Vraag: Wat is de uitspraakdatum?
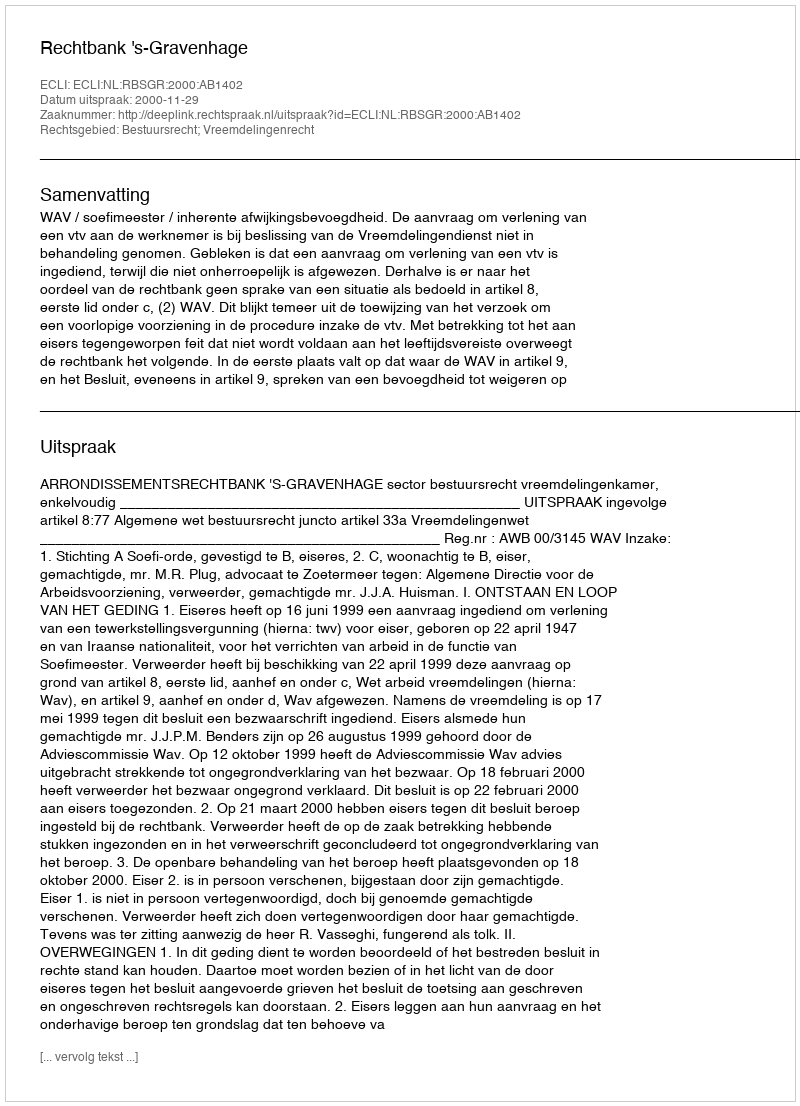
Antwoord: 2000-11-29